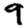
Digit: 9